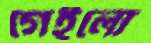
গেইলো